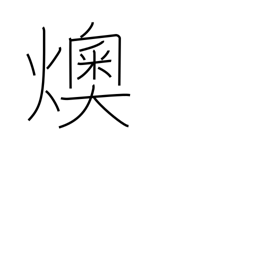
Meaning: embers